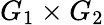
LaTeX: G_{1}\times G_{2}